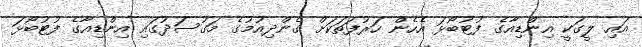
އައި ލީގަކީ އިންޑިއާގެ ފުޓުބޯޅަ އެހެން ހަރުފަތަކަށް ގެންދިއުމުގެ މަގުސަދުގައި އިންޑިއާގެ ފުޓުބޯޅަ